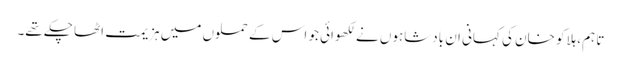
تا ہم، ہلاکو خان کی کہانی ان بادشاہوں نے لکھوائی جو اس کے حملوں میں ہزیمت اٹھا چکے تھے۔